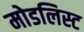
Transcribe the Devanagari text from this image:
मोडलिस्ट